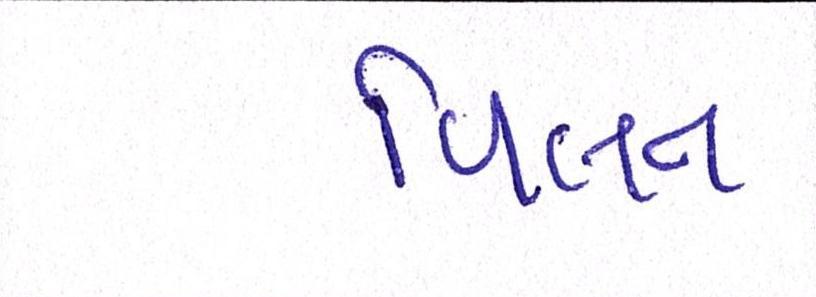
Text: વિલન